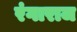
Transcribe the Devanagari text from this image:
रंगाराज